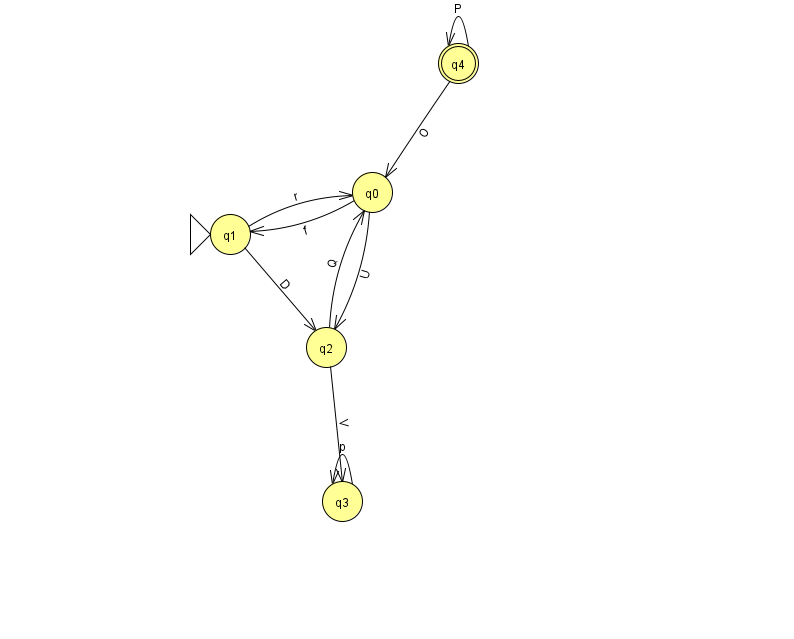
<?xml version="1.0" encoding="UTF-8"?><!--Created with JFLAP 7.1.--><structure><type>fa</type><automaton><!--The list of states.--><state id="0" name="q0"><x>372.0</x><y>179.0</y></state><state id="1" name="q1"><x>230.0</x><y>221.0</y><initial/></state><state id="2" name="q2"><x>326.0</x><y>334.0</y></state><state id="3" name="q3"><x>342.0</x><y>488.0</y></state><state id="4" name="q4"><x>458.0</x><y>50.0</y><final/></state><!--The list of transitions.--><transition><from>2</from><to>0</to><read>Q</read></transition><transition><from>3</from><to>3</to><read>p</read></transition><transition><from>4</from><to>4</to><read>P</read></transition><transition><from>1</from><to>0</to><read>r</read></transition><transition><from>0</from><to>2</to><read>U</read></transition><transition><from>0</from><to>1</to><read>f</read></transition><transition><from>1</from><to>2</to><read>D</read></transition><transition><from>2</from><to>3</to><read>V</read></transition><transition><from>4</from><to>0</to><read>O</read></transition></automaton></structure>